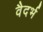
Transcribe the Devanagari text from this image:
वैदर्भ